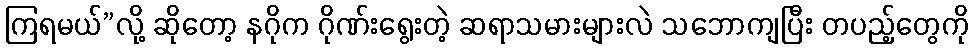
ကြရမယ်”လို့ ဆိုတော့ နဂိုက ဂိုဏ်းရွေးတဲ့ ဆရာသမားများလဲ သဘောကျပြီး တပည့်တွေကို